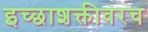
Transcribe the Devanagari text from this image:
इच्छाशक्तीवरच